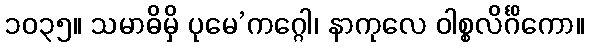
၁၀၃၅။ သမာဓိမှိ ပုမေ’ကဂ္ဂေါ၊ နာကုလေ ဝါစ္စလိင်္ဂိကော။